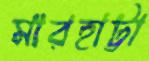
মারহাট্টা